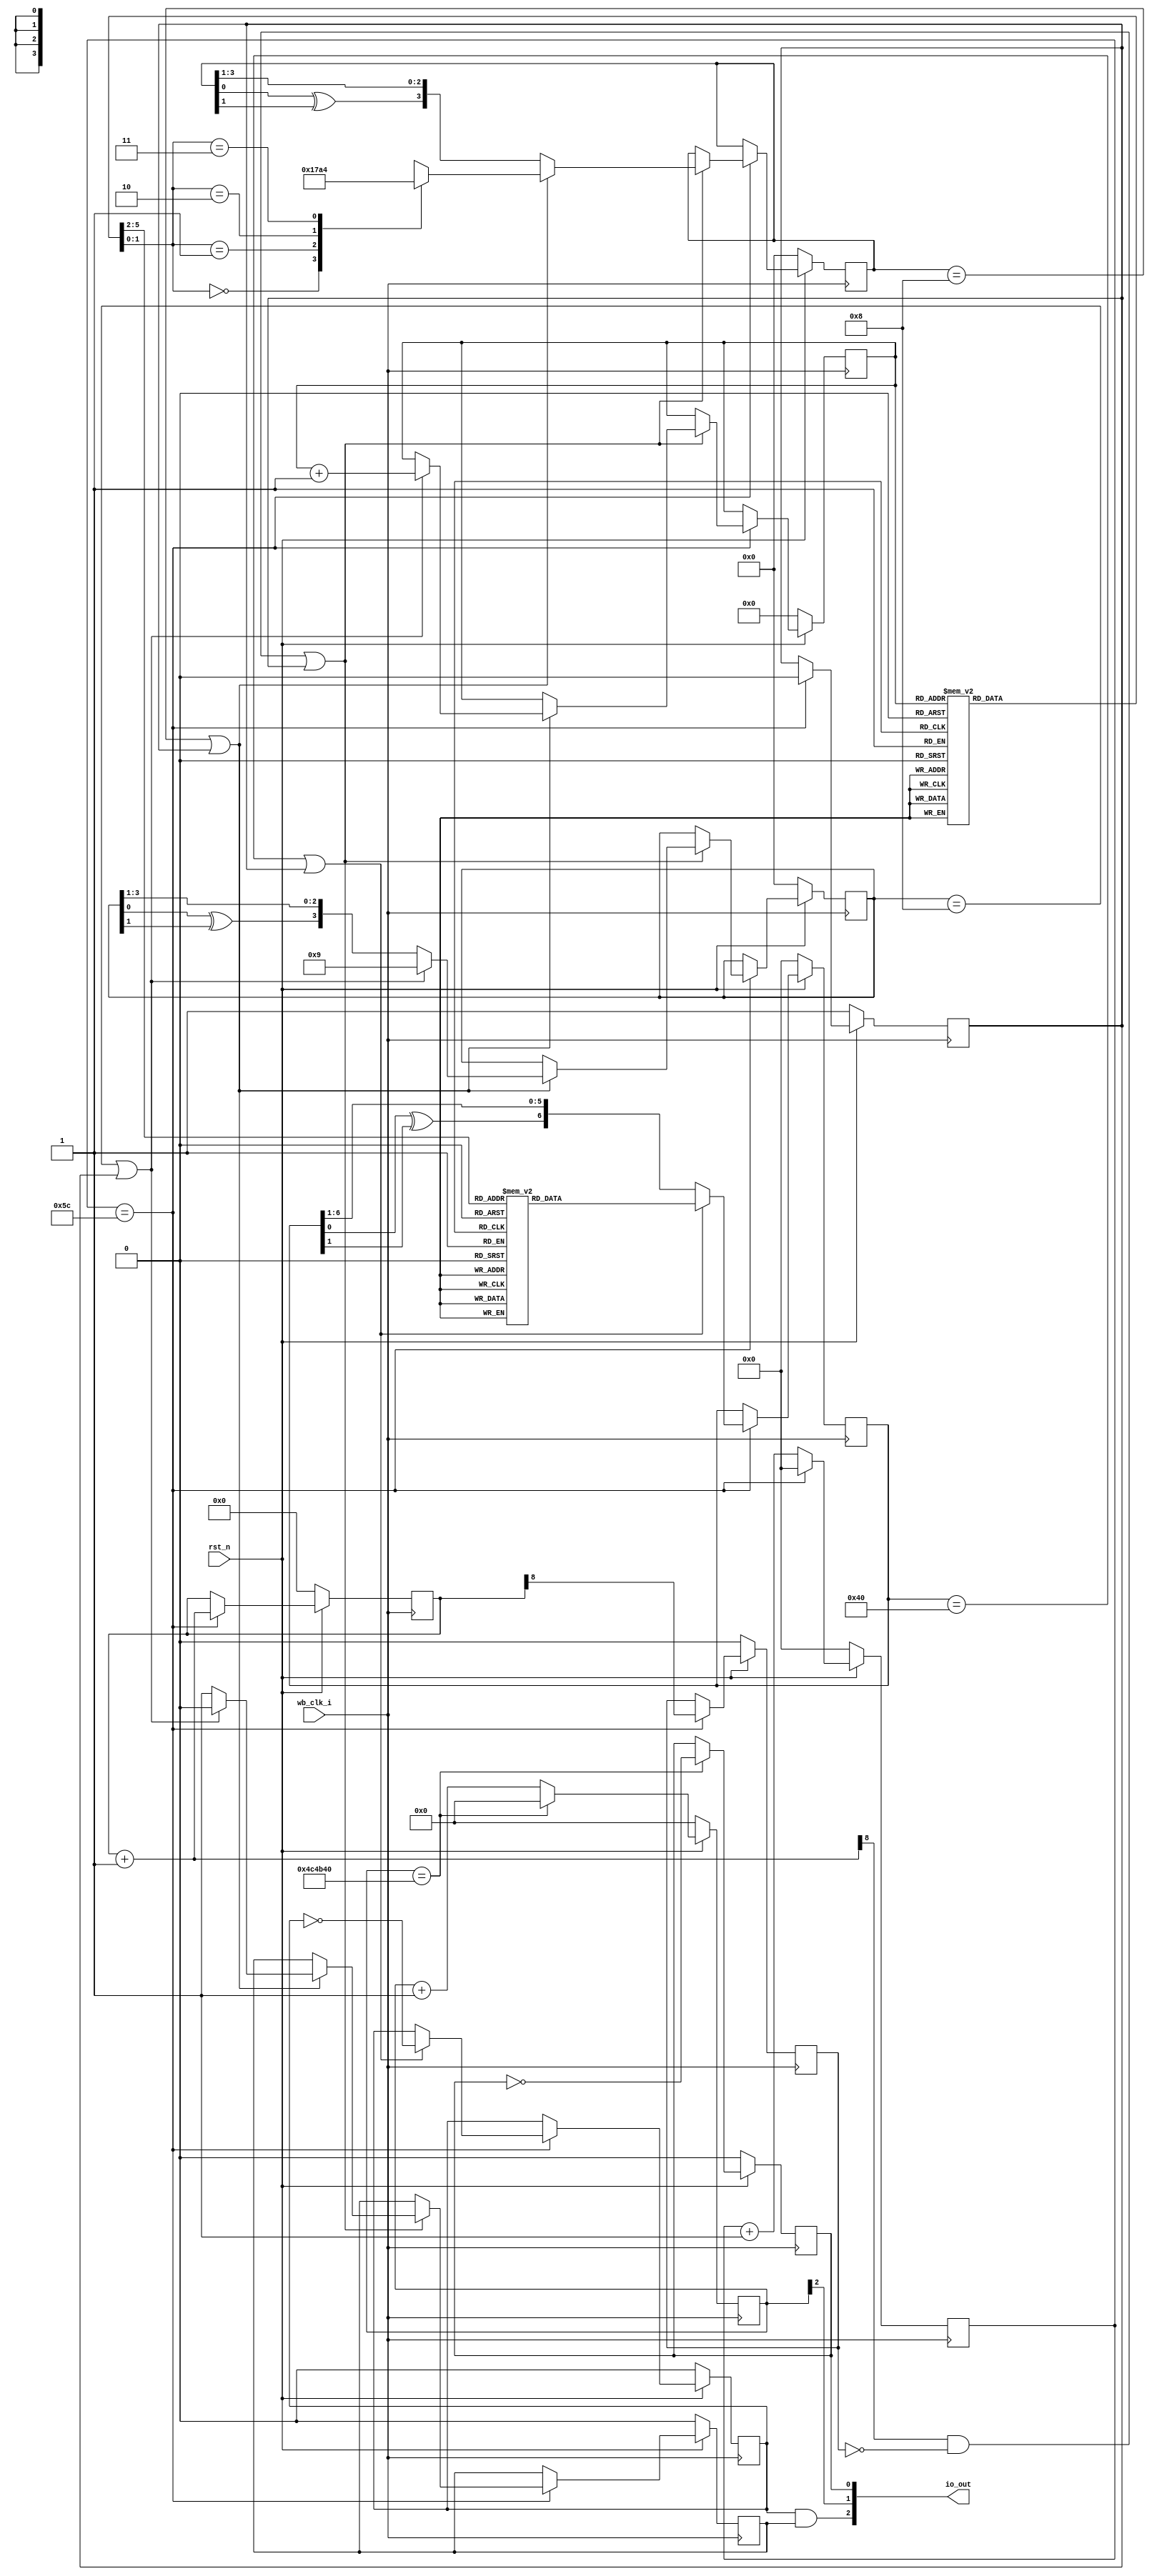
module blinker(
`ifdef USE_POWER_PINS
	inout vdd,
	inout vss,
`endif
	input wb_clk_i,
	output [2:0] io_out,
	input rst_n
);

reg slow_blink;
reg [22:0] counter;

assign io_out[0] = slow_blink;
assign io_out[1] = counter[2];
assign io_out[2] = OP;

always @(posedge wb_clk_i) begin
	if(!rst_n) begin
		counter <= 0;
		slow_blink <= 0;
	end else begin
		counter <= counter + 1;
		if(counter == 5000000) begin
			slow_blink <= !slow_blink;
			counter <= 0;
		end
	end
end


reg [5:0] PC;

reg [5:0] tune_ROM;
always @(*) begin
	case(PC)
	0: tune_ROM = 6'b000100;
	1: tune_ROM = 6'b011100;
	2: tune_ROM = 6'b011100;
	3: tune_ROM = 6'b011101;
	4: tune_ROM = 6'b011100;
	5: tune_ROM = 6'b011100;
	6: tune_ROM = 6'b011101;
	7: tune_ROM = 6'b011100;
	8: tune_ROM = 6'b100100;
	9: tune_ROM = 6'b010100;
	10: tune_ROM = 6'b011000;
	11: tune_ROM = 6'b011110;
	12: tune_ROM = 6'b100001;
	13: tune_ROM = 6'b100001;
	14: tune_ROM = 6'b100000;
	15: tune_ROM = 6'b011100;

	16: tune_ROM = 6'b011101;
	17: tune_ROM = 6'b100100;
	18: tune_ROM = 6'b100100;
	19: tune_ROM = 6'b100000;
	20: tune_ROM = 6'b011000;
	21: tune_ROM = 6'b010110;
	22: tune_ROM = 6'b011100;
	23: tune_ROM = 6'b100000;
	24: tune_ROM = 6'b100101;
	25: tune_ROM = 6'b100110;
	26: tune_ROM = 6'b101000;
	27: tune_ROM = 6'b101100;
	28: tune_ROM = 6'b110001;
	29: tune_ROM = 6'b110010;
	30: tune_ROM = 6'b011100;
	31: tune_ROM = 6'b100000;

	32: tune_ROM = 6'b100101;
	33: tune_ROM = 6'b100110;
	34: tune_ROM = 6'b101000;
	35: tune_ROM = 6'b100100;
	36: tune_ROM = 6'b100001;
	37: tune_ROM = 6'b100010;
	38: tune_ROM = 6'b011101;
	39: tune_ROM = 6'b100101;
	40: tune_ROM = 6'b010101;
	41: tune_ROM = 6'b011101;
	42: tune_ROM = 6'b011001;
	43: tune_ROM = 6'b100010;
	44: tune_ROM = 6'b010001;
	45: tune_ROM = 6'b010110;
	46: tune_ROM = 6'b001001;
	47: tune_ROM = 6'b010101;

	48: tune_ROM = 6'b010100;
	49: tune_ROM = 6'b011000;
	50: tune_ROM = 6'b010100;
	51: tune_ROM = 6'b010000;
	52: tune_ROM = 6'b001110;
	53: tune_ROM = 6'b011001;
	54: tune_ROM = 6'b011000;
	55: tune_ROM = 6'b011100;
	56: tune_ROM = 6'b011000;
	57: tune_ROM = 6'b010100;
	58: tune_ROM = 6'b010001;
	59: tune_ROM = 6'b001001;
	60: tune_ROM = 6'b001101;
	61: tune_ROM = 6'b011001;
	62: tune_ROM = 6'b010001;
	63: tune_ROM = 6'b010110;
	endcase
end

reg [6:0] scale_ROM;
always @(*) begin
	case(tune_ROM[5:2])
	0: scale_ROM = 7'b1111111;
	1: scale_ROM = 7'b1111111;
	2: scale_ROM = 7'b1001010;
	3: scale_ROM = 7'b0000101;
	4: scale_ROM = 7'b0100011;
	5: scale_ROM = 7'b0010010;
	6: scale_ROM = 7'b0110110;
	7: scale_ROM = 7'b1101101;
	
	8: scale_ROM = 7'b1111011;
	9: scale_ROM = 7'b0001101;
	10: scale_ROM = 7'b1011000;
	11: scale_ROM = 7'b0100101;
	12: scale_ROM = 7'b1101001;
	13: scale_ROM = 7'b1111111;
	14: scale_ROM = 7'b1111111;
	15: scale_ROM = 7'b1111111;
	endcase
end

reg [3:0] rhythm_ROM;
always @(*) begin
	case(tune_ROM[1:0])
		0: rhythm_ROM = 4'b0001;
		1: rhythm_ROM = 4'b0111;
		2: rhythm_ROM = 4'b1010;
		3: rhythm_ROM = 4'b0100;
	endcase
end

reg just_inc;
reg OP_reg;
wire OP = OP_reg & just_inc;

reg [6:0] LFSR;
reg prev_clk_div;
reg [8:0] clock_div;
wire [8:0] next_clock_div = clock_div + 1;

reg [3:0] rhythm_LFSR;
reg [3:0] tempo_LFSR;

reg just_rst;

reg [6:0] master_clk_div;

always @(posedge wb_clk_i) begin
	if(!rst_n) begin
		PC <= 0;
		LFSR <= 0;
		prev_clk_div <= 0;
		rhythm_LFSR <= 0;
		tempo_LFSR <= 0;
		OP_reg <= 0;
		clock_div <= 0;
		just_rst <= 1;
		just_inc <= 0;
		master_clk_div <= 0;
	end else if(master_clk_div == 92) begin
		master_clk_div <= 0;
		just_rst <= 0;
		clock_div <= next_clock_div;
		prev_clk_div <= clock_div[8];
		
		LFSR <= {LFSR[0] ^ LFSR[1], LFSR[6:1]};
		if(LFSR == 7'b1000000 || just_rst) begin
			OP_reg <= ~OP_reg;
			LFSR <= scale_ROM;
		end
		
		if((next_clock_div[8] && !prev_clk_div) || just_rst) begin
			rhythm_LFSR <= {rhythm_LFSR[0] ^ rhythm_LFSR[1], rhythm_LFSR[3:1]};
			if((rhythm_LFSR == 4'b1000) || just_rst) begin
				tempo_LFSR <= {tempo_LFSR[0] ^ tempo_LFSR[1], tempo_LFSR[3:1]};
				rhythm_LFSR <= rhythm_ROM;
				just_inc <= 1;
				if((tempo_LFSR == 4'b1000) || just_rst) begin
					tempo_LFSR <= 4'b1001;
					PC <= PC + 1;
					just_inc <= 0;
				end
			end
		end
	end else begin
		master_clk_div <= master_clk_div + 1'b1;
	end
end

endmodule